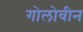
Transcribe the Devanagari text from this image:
गोलोवीन